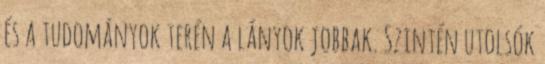
és a tudományok terén a lányok jobbak. Szintén utolsók